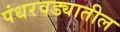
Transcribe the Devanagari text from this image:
पंधरवड्यातील